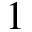
1